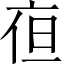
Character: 亱